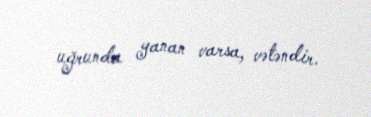
uğrunda yanan varsa, vətəndir.